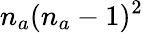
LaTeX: n_{a}(n_{a}-1)^{2}